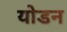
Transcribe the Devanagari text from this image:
योडन